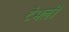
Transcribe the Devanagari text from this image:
टेंभली